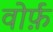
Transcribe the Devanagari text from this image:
वोर्फ़